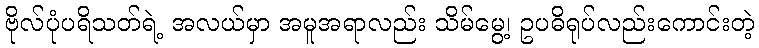
ဗိုလ်ပုံပရိသတ်ရဲ့ အလယ်မှာ အမူအရာလည်း သိမ်မွေ့၊ ဥပဓိရုပ်လည်းကောင်းတဲ့